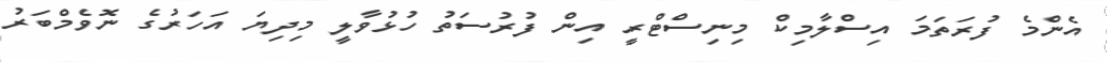
އެންމެ ފުރަތަމަ އިސްލާމިކް މިނިސްޓްރީ އިން ފުރުސަތު ހުޅުވާލީ މިދިޔަ އަހަރުގެ ނޮވެމްބަރު